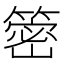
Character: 䈼